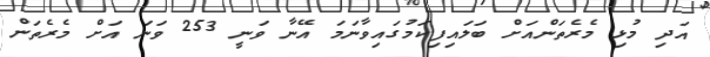
އަދި މުޅި މެރެތަންއަށް ބަލަައިފިކަމުގައިވާނަމަ އޭނާ ވަނީ 253 ވަނަ އަށް މެރެތަން